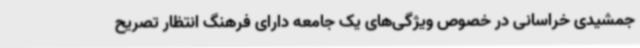
جمشیدی خراسانی در خصوص ویژگی‌های یک جامعه دارای فرهنگ انتظار تصریح